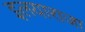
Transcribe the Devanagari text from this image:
इलयाराजा